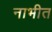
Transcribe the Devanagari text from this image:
नाभीत